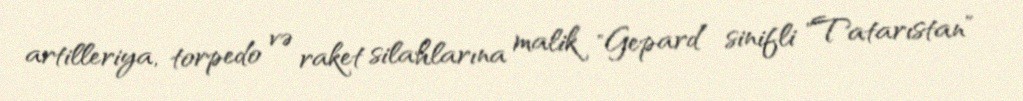
artilleriya, torpedo və raket silahlarına malik "Gepard” sinifli "Tatarıstan”